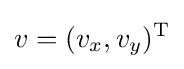
v=(v_{x},v_{y})^{\text{T}}